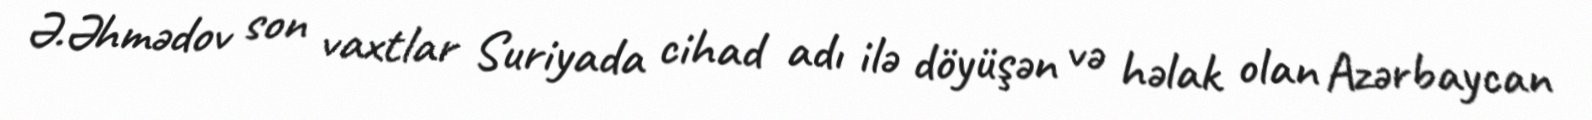
Ə.Əhmədov son vaxtlar Suriyada cihad adı ilə döyüşən və həlak olan Azərbaycan